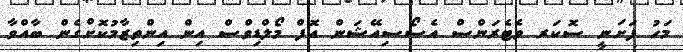
މަހު ފަށަނީ ސޮކަރ ވެޓެރަންސް އެސޯސިއޭޝަން އޮފް މޯލްޑިވްސް އިން އިންތިޒާމުކޮށްގެން ބާއްވާ